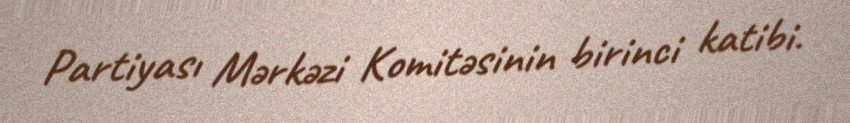
Partiyası Mərkəzi Komitəsinin birinci katibi.